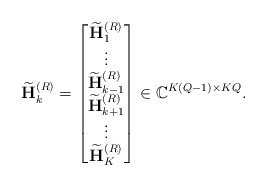
\begin{align*}\widetilde{\mathbf{H}}_k^{(R)} = \begin{bmatrix}\widetilde{\mathbf{H}}_1^{(R)} \\\vdots \\\widetilde{\mathbf{H}}_{k-1}^{(R)} \\\widetilde{\mathbf{H}}_{k+1}^{(R)} \\\vdots \\\widetilde{\mathbf{H}}_K^{(R)}\end{bmatrix}\in \mathbb{C}^{K(Q-1) \times KQ}.\end{align*}